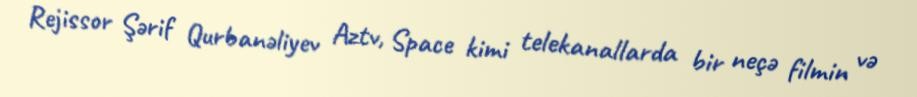
Rejissor Şərif Qurbanəliyev Aztv, Space kimi telekanallarda bir neçə filmin və